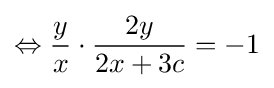
\Leftrightarrow {\frac {y}{x}}\cdot {\frac {2y}{2x+3c}}=-1